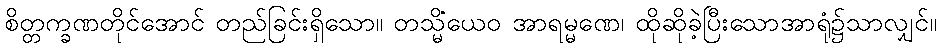
စိတ္တက္ခဏတိုင်အောင် တည်ခြင်းရှိသော။ တသ္မိံယေဝ အာရမ္မဏေ၊ ထိုဆိုခဲ့ပြီးသောအာရုံ၌သာလျှင်။